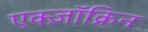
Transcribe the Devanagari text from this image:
एक्ज़ॉक्रिन